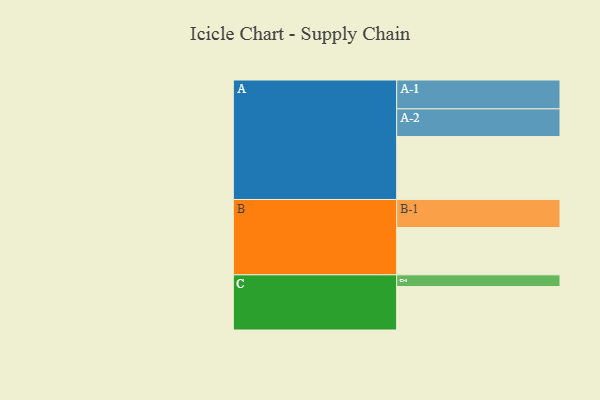
{"axis": {"x": "Segment", "y": "Value"}, "legend": ["", "A", "B", "C"], "data": [{"x": "A", "y": 543, "type": ""}, {"x": "B", "y": 408, "type": ""}, {"x": "C", "y": 375, "type": ""}, {"x": "A-1", "y": 249, "type": "A"}, {"x": "A-2", "y": 239, "type": "A"}, {"x": "B-1", "y": 242, "type": "B"}, {"x": "C-1", "y": 101, "type": "C"}]}